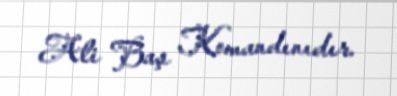
Ali Baş Komandınıdır.